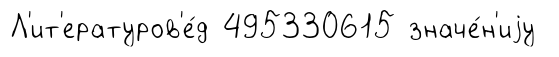
Л'ит'ературов'е́д 495330615 значе́н'иjу